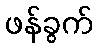
ဖန်ခွက်